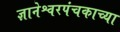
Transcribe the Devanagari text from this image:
ज्ञानेश्वरपंचकाच्या